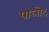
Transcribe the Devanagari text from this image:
पालोद